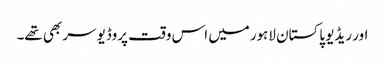
اور ریڈیو پاکستان لاہورمیں اس وقت پروڈیوسر بھی تھے۔